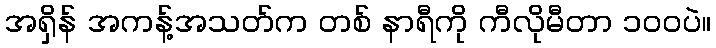
အရှိန် အကန့်အသတ်က တစ် နာရီကို ကီလိုမီတာ ၁၀၀ပဲ။